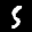
Label: 5